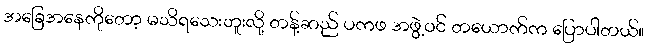
အခြေအနေကိုတော့ မသိရသေးဘူးလို့ တန့်ဆည် ပကဖ အဖွဲ့ဝင် တယောက်က ပြောပါတယ်။